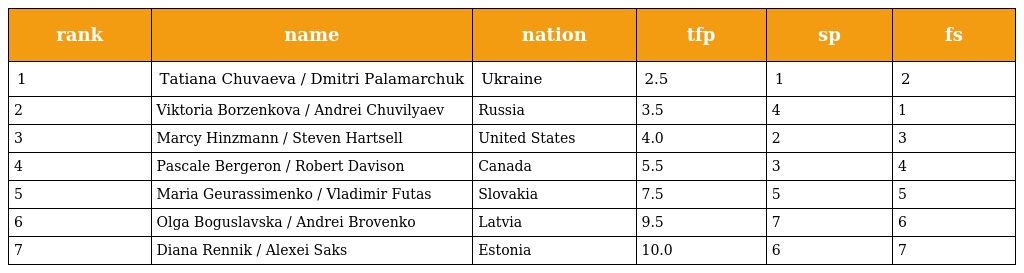
| rank | name | nation | tfp | sp | fs |
 | --- | --- | --- | --- | --- | --- |
 | 1 | Tatiana Chuvaeva / Dmitri Palamarchuk | Ukraine | 2.5 | 1 | 2 |
 | 2 | Viktoria Borzenkova / Andrei Chuvilyaev | Russia | 3.5 | 4 | 1 |
 | 3 | Marcy Hinzmann / Steven Hartsell | United States | 4.0 | 2 | 3 |
 | 4 | Pascale Bergeron / Robert Davison | Canada | 5.5 | 3 | 4 |
 | 5 | Maria Geurassimenko / Vladimir Futas | Slovakia | 7.5 | 5 | 5 |
 | 6 | Olga Boguslavska / Andrei Brovenko | Latvia | 9.5 | 7 | 6 |
 | 7 | Diana Rennik / Alexei Saks | Estonia | 10.0 | 6 | 7 |